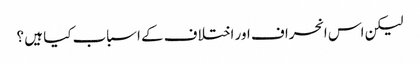
لیکن اس انحراف اور اختلاف کے اسباب کیا ہیں ؟